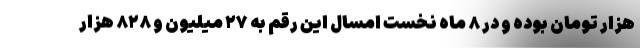
هزار تومان بوده و در ۸ ماه نخست امسال این رقم به ۲۷ میلیون و ۸۲۸ هزار